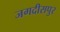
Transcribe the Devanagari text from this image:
जगदीसपुर